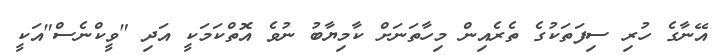
އޭނާގެ ހުރި ސިފަތަކުގެ ތެރެއިން މިހާތަނަށް ކާމިޔާބު ނުވެ އޮތްކަމަކީ އަދި "ވީކްނެސް"އަކީ